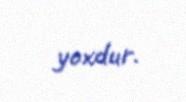
yoxdur.